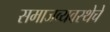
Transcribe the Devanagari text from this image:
समाजव्‍यवस्‍थेचे